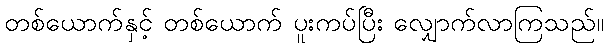
တစ်ယောက်နှင့် တစ်ယောက် ပူးကပ်ပြီး လျှောက်လာကြသည်။